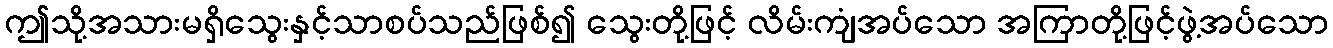
ဤသို့အသားမရှိသွေးနှင့်သာစပ်သည်ဖြစ်၍ သွေးတို့ဖြင့် လိမ်းကျံအပ်သော အကြာတို့ဖြင့်ဖွဲ့အပ်သော